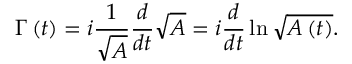
\Gamma \left( t \right) = i \frac { 1 } { \sqrt { A } } \frac { d } { d t } \sqrt { A } = i \frac { d } { d t } \ln \sqrt { A \left( t \right) } .